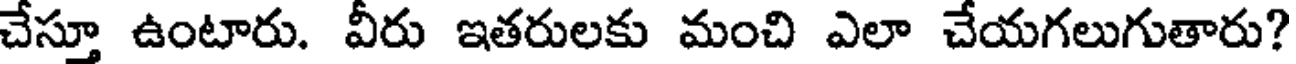
చేస్తూ ఉంటారు. వీరు ఇతరులకు మంచి ఎలా చేయగలుగుతారు?